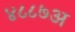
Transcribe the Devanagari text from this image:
४८८७अ